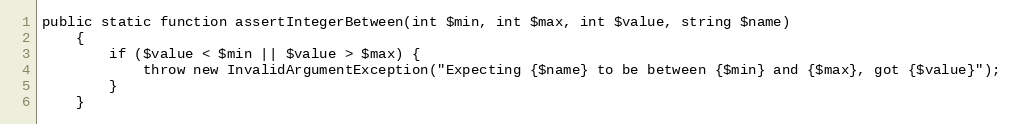
Language: PHP
public static function assertIntegerBetween(int $min, int $max, int $value, string $name)
    {
        if ($value < $min || $value > $max) {
            throw new InvalidArgumentException("Expecting {$name} to be between {$min} and {$max}, got {$value}");
        }
    }